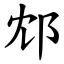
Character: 邥